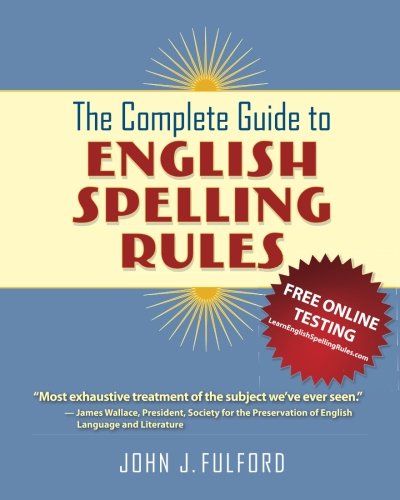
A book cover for The Complete Guide to English Spelling Rules; John J, Fulford; Reference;